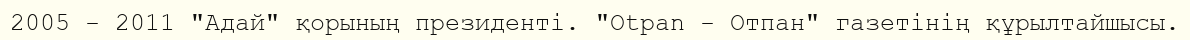
2005 - 2011 "Адай" қорының президенті. "Otpan - Отпан" газетінің құрылтайшысы.